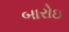
બારોઇ